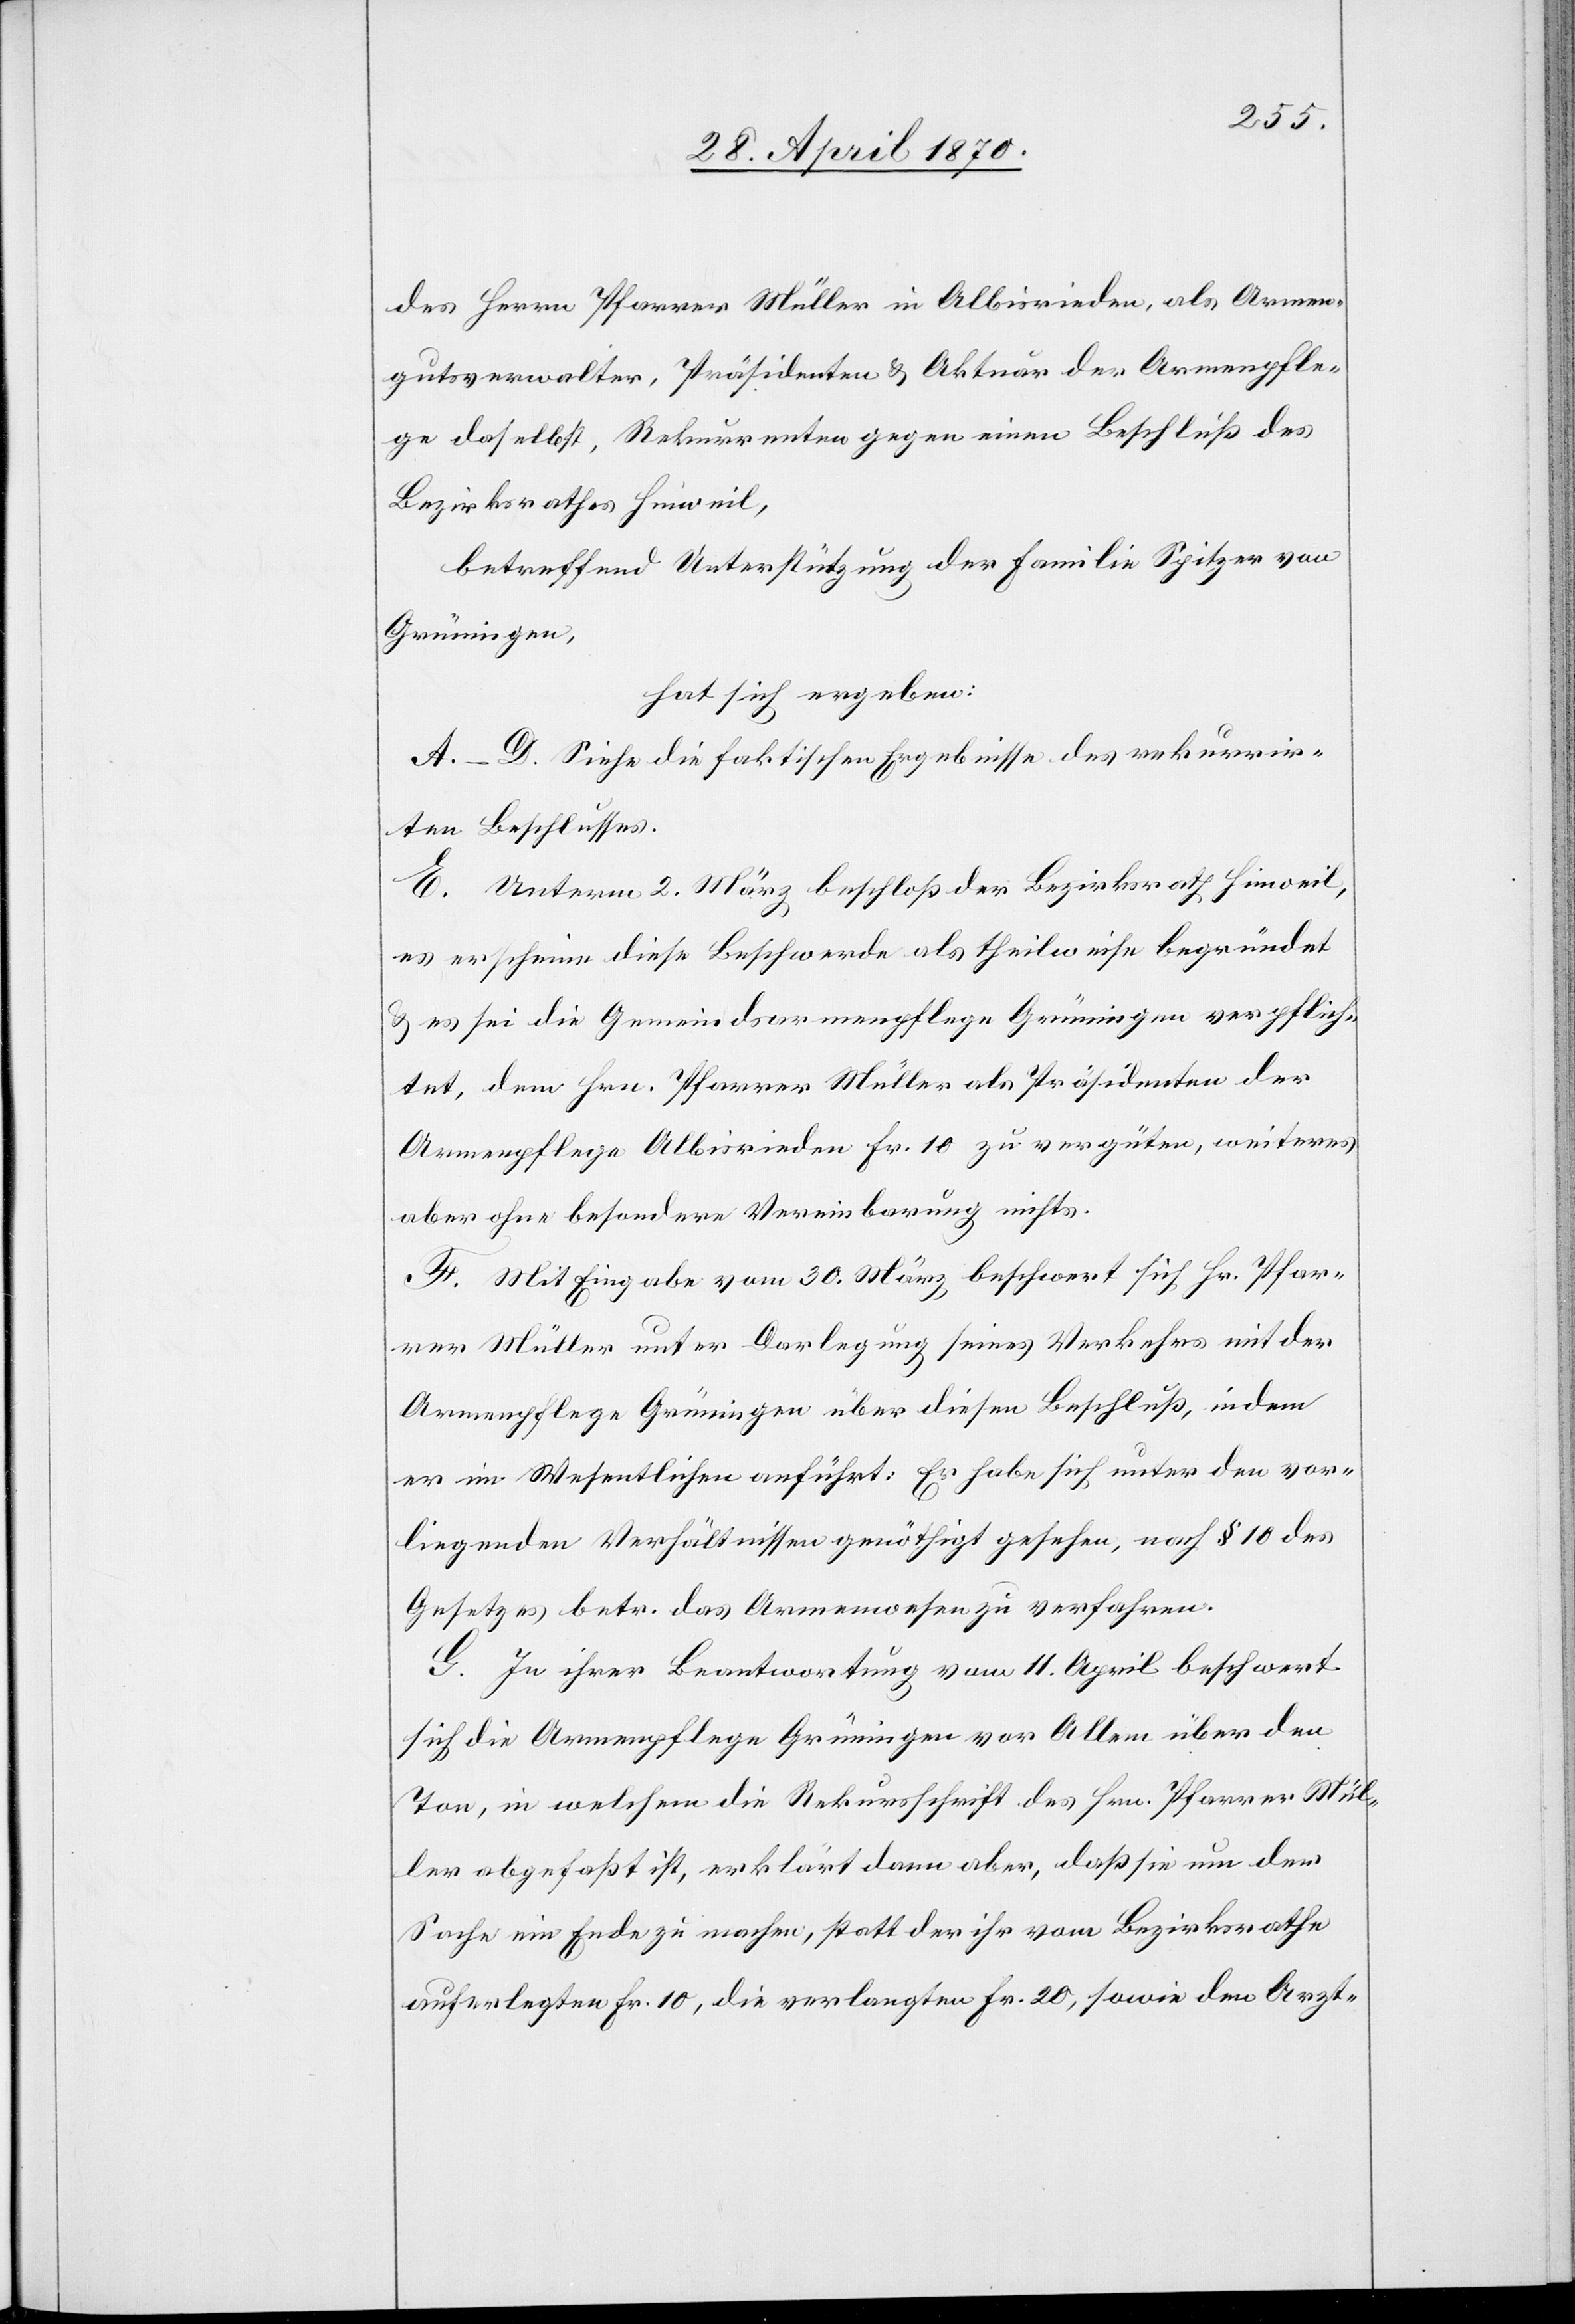
des Herrn Pfarrer Müller in Albisrieden, als Armen¬
gutsverwalter, Präsidenten & Aktuar der Armenpfle¬
ge daselbst, Rekurrenten gegen einen Beschluß des
Bezirksrathes Hinweil,
betreffend Unterstützung der Familie Spitzer von
Grüningen,
hat sich ergeben:
A.–D. Siehe die faktischen Ergebnisse des rekurrir¬
ten Beschlusses.
E. Unterm 2. März beschloß der Bezirksrath Hiweil,
es erscheine diese Beschwerde als theilweise begründet
& es sei die Gemeindsarmenpflege Grüningen verpflich¬
tet, dem Hrn. Pfarrer Müller als Präsidenten der
Armenpflege Albisrieden Fr. 10 zu vergüten, weiteres
aber ohne besondere Vereinbarung nichts
F. Mit Eingabe vom 30. März beschwert sich Hr. Pfar¬
rer Müller unter Darlegung seines Verkehrs mit der
Armenpflege Grüningen über diesen Beschluß, indem
er im Wesentlichen anführt: Er habe sich unter den vor¬
liegenden Verhältnisse genöthigt gesehen, nach § 10 des
Gesetzes betr. das Armenwesen zu verfahren.
G. In ihrer Beantwortung vom 11. April beschwert
sich die Armenpflege Grüningen vor Allem über den
Ton, in welchem die Rekursschrift des Hrn. Pfarrer Mül¬
ler abgefaßt ist, erklärt dann aber, daß sie um der
Sache ein Ende zu machen, statt der ihr vom Bezirksrath
auferlegten Fr. 10, die verlangten Fr. 20, sowie den Arzt-